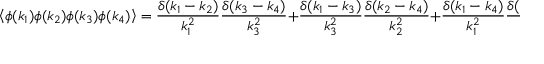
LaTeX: \left\langle \phi ( k _ { 1 } ) \phi ( k _ { 2 } ) \phi ( k _ { 3 } ) \phi ( k _ { 4 } ) \right\rangle = { \frac { \delta ( k _ { 1 } - k _ { 2 } ) } { k _ { 1 } ^ { 2 } } } { \frac { \delta ( k _ { 3 } - k _ { 4 } ) } { k _ { 3 } ^ { 2 } } } + { \frac { \delta ( k _ { 1 } - k _ { 3 } ) } { k _ { 3 } ^ { 2 } } } { \frac { \delta ( k _ { 2 } - k _ { 4 } ) } { k _ { 2 } ^ { 2 } } } + { \frac { \delta ( k _ { 1 } - k _ { 4 } ) } { k _ { 1 } ^ { 2 } } } { \frac { \delta ( k _ { 2 } - k _ { 3 } ) } { k _ { 2 } ^ { 2 } } }